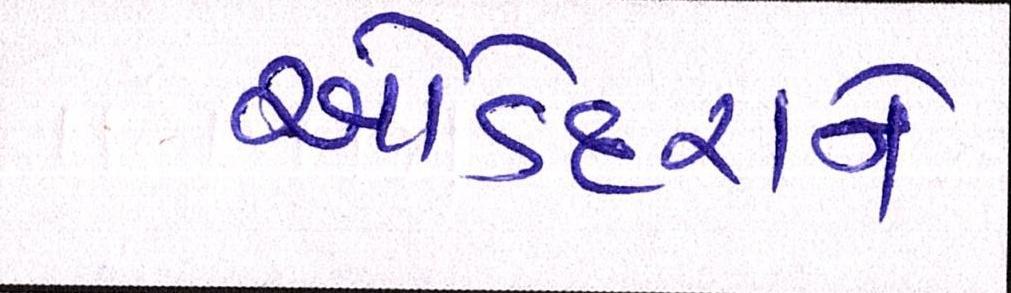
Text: ઓડેદરાને